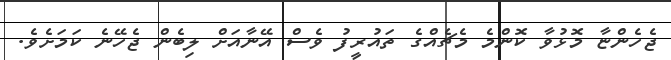
ޖެހެންޏާ މޮޅުވާ ކޮންމެ މެޗެއްގެ ތައުރީފު ވެސް އޭނާއަށް ލިބެން ޖެހޭނެ ކަމަށެވެ.